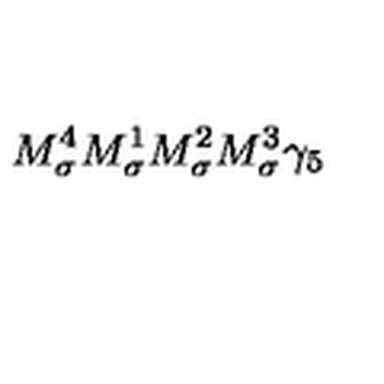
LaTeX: M _ { \sigma } ^ { 4 } M _ { \sigma } ^ { 1 } M _ { \sigma } ^ { 2 } M _ { \sigma } ^ { 3 } \gamma _ { 5 }